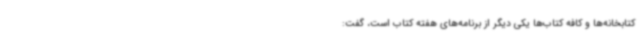
کتابخانه‌ها و کافه کتاب‌ها یکی دیگر از برنامه‌های هفته کتاب است، گفت: